Indian journal of veterinary science and animal husbandry - Volume 10,
Year: 1940
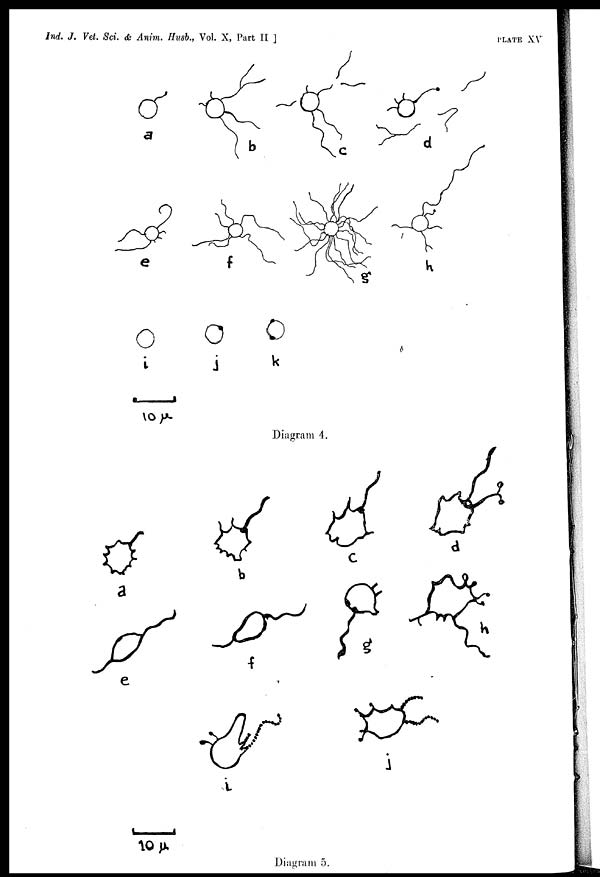
Ind. J. Vet. Sci. & Anim. Husb., Vol. X, Part II ]
PLATE
XV
Diagram 4.
Diagram 5.